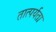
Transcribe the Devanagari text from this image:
तात्पर्यता